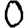
Digit: 0